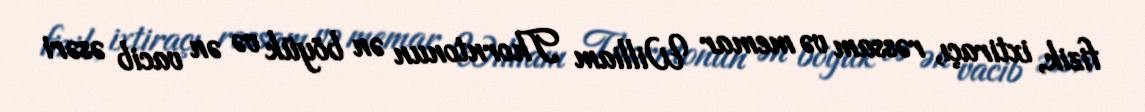
fizik, ixtiraçı, rəssam və memar William Thorntonun ən böyük və ən vacib əsəri